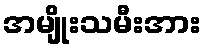
အမျိုးသမီးအား